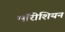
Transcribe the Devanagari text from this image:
मॉरीशियन